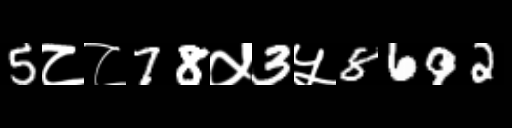
Text: 5८८78५3५8692